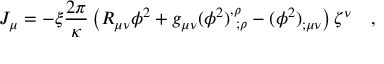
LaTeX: J _ { \mu } = - \xi { \frac { 2 \pi } { \kappa } } \left( R _ { \mu \nu } \phi ^ { 2 } + g _ { \mu \nu } ( \phi ^ { 2 } ) _ { ~ ; \rho } ^ { , \rho } - ( \phi ^ { 2 } ) _ { ; \mu \nu } \right) \zeta ^ { \nu } ~ ~ ~ ,